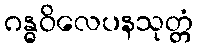
ဂန္ဓဝိလေပနသုတ္တံ